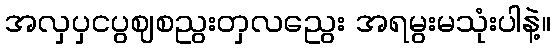
အလှပှငပွဈစညွးတှလညွေး အရမွးမသုံးပါနဲ့။